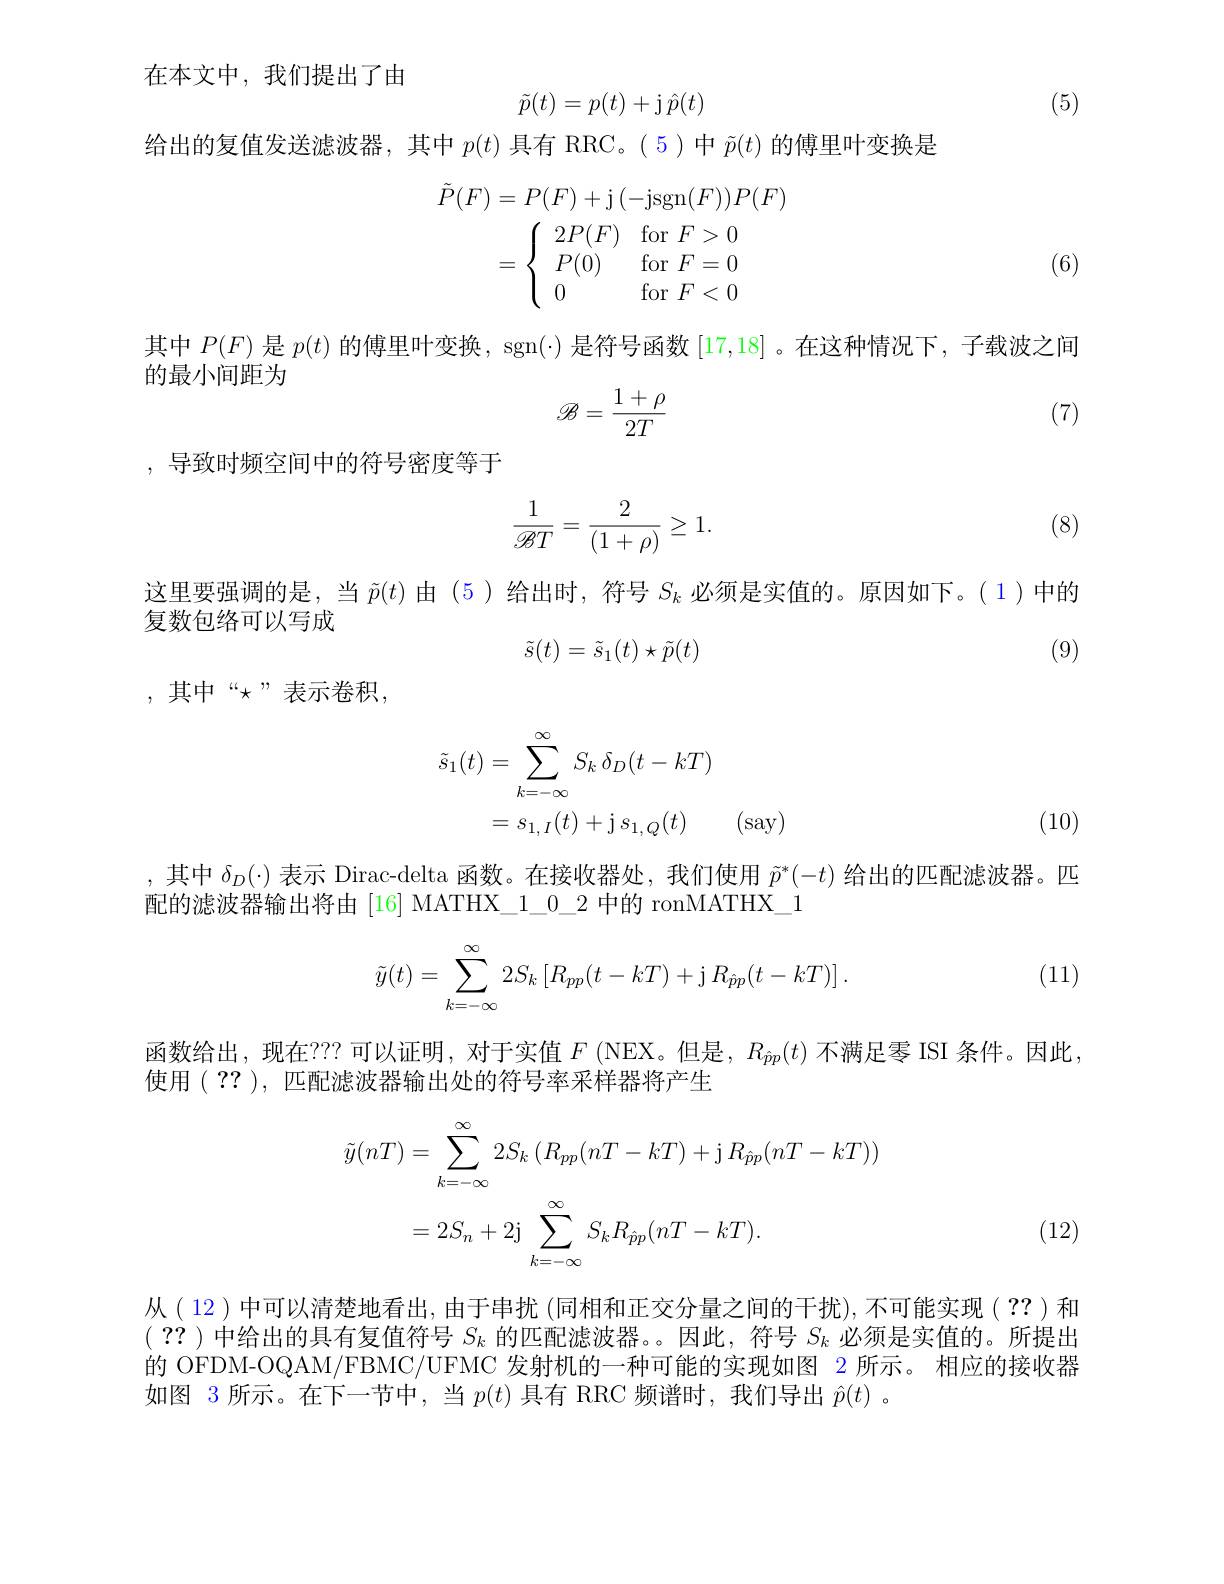
在本文中，我们提出了由
$$\tilde{p}(t)=p(t)+\text{j}\hat{p}(t)$$
(5)

给出的复值发送滤波器，其中$p(t)$具有 RRC。(5)中$\tilde{p}(t)$的傅里叶变换是
$$\begin{aligned}\tilde{P}(F)&=P(F)+\mathrm{j}\:(-\mathrm{jsgn}(F))P(F)\\&=\left\{\begin{array}{ll}2P(F)&\mathrm{for}\:F>0\\P(0)&\mathrm{for}\:F=0\\0&\mathrm{for}\:F<0\end{array}\right.\end{aligned}$$
(6)

其中$P(F)$是$p(t)$的傅里叶变换，sgn(-) 是符号函数[17,18] 。在这种情况下，子载波之间

的最小间距为
$$\mathscr{B}=\frac{1+\rho}{2T}$$
(7)

,导致时频空间中的符号密度等于
$$\dfrac{1}{\mathscr{B}T}=\dfrac{2}{(1+\rho)}\ge1.$$
(8)

这里要强调的是，当$\tilde{p}(t)$由 (5)给出时，符号$S_k$必须是实值的。原因如下。(1)中的
复数包络可以写成
$$\tilde{s}(t)=\tilde{s}_1(t)\star\tilde{p}(t)$$
(9)

, 其中“$\star”$表示卷积，
$$\begin{aligned}\tilde{s}_{1}(t)&=\sum_{k=-\infty}^{\infty}S_{k}\:\delta_{D}(t-kT)\\&=s_{1,\:I}(t)+\mathrm{j}\:s_{1,\:Q}(t)\quad(\mathrm{say})\end{aligned}$$
(10)

,其中$\delta_D(\cdot)$表示 Dirac-delta 函数。在接收器处，我们使用$\tilde{p}^*(-t)$给出的匹配滤波器。匹
配的滤波器输出将由[16] MATHX\_1\_0\_2 中的 ronMATHX\_1

(11)
$$\tilde{y}(t)=\sum_{k=-\infty}^{\infty}2S_{k}\left[R_{pp}(t-kT)+\mathrm{j}R_{\hat{p}p}(t-kT)\right].$$
函数给出，现在？? 可以证明，对于实值$F\left(\mathrm{NEX。但是，}R_{\hat{p}p}(t)\text{ 不满足零 ISI 条件。因此，}\right.$
使用(??), 匹配滤波器输出处的符号率采样器将产生
$$\begin{aligned}\tilde{y}(nT)&=\sum_{k=-\infty}^{\infty}2S_{k}\left(R_{pp}(nT-kT)+\mathrm{j}\:R_{\hat{p}p}(nT-kT)\right)\\&=2S_{n}+2\mathrm{j}\sum_{k=-\infty}^{\infty}S_{k}R_{\hat{p}p}(nT-kT).\end{aligned}$$
(12)

从( 12 )中可以清楚地看出，由于串扰 (同相和正交分量之间的干扰),不可能实现( ??)和$(\begin{array}{cc}??\end{array})$中给出的具有复值符号$S_k$的匹配滤波器。。因此，符号$S_k$必须是实值的。所提出的 OFDM-OQAM/FBMC/UFMC 发射机的一种可能的实现如图 2 所示。相应的接收器如图 3 所示。在下一节中，当$p(t)$具有 RRC 频谱时，我们导出$\hat{p}(t)$ 。